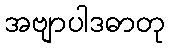
အဗျာပါဒဓာတု